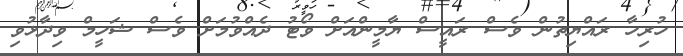
ހުރިހާ ރައްޔިތުން ވެސް ރައީސް ޔާމީންއަށް ވޯޓު ދެއްވުމަށް ވެސް ޝަހީމް ވިދާޅުވި